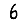
Digit: 6